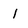
Character: I